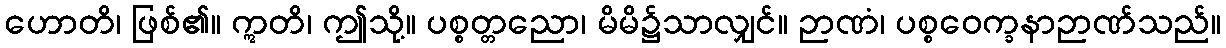
ဟောတိ၊ ဖြစ်၏။ ဣတိ၊ ဤသို့။ ပစ္စတ္တညော၊ မိမိ၌သာလျှင်။ ဉာဏံ၊ ပစ္စဝေက္ခနာဉာဏ်သည်။